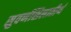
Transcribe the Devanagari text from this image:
सुवर्णशिलातीर्थ